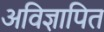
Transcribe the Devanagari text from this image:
अविज्ञापित